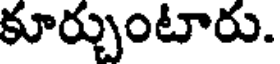
కూర్చుంటారు.